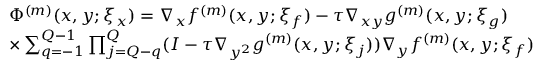
\begin{array} { r l } & { \Phi ^ { ( m ) } ( x , y ; \xi _ { x } ) = \nabla _ { x } f ^ { ( m ) } ( x , y ; \xi _ { f } ) - \tau \nabla _ { x y } g ^ { ( m ) } ( x , y ; \xi _ { g } ) } \\ & { \times \sum _ { q = - 1 } ^ { Q - 1 } \prod _ { j = Q - q } ^ { Q } ( I - \tau \nabla _ { y ^ { 2 } } g ^ { ( m ) } ( x , y ; \xi _ { j } ) ) \nabla _ { y } f ^ { ( m ) } ( x , y ; \xi _ { f } ) } \end{array}